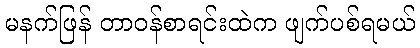
မနက်ဖြန် တာဝန်စာရင်းထဲက ဖျက်ပစ်ရမယ်